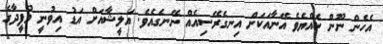
އެހެން ނޫން ހެއްޔެވެ އޭނާއަކަށް އިނގެރޭސިއެއް ނޭނގެއެވެ. އަލީޝާއަށް އަޑު އިވުނީ މުފީދާގެ